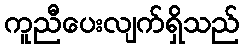
ကူညီပေးလျက်ရှိသည်